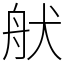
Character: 𦨚